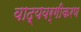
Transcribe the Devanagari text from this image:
वाद्यवर्गीकरण